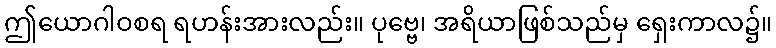
ဤယောဂါဝစရ ရဟန်းအားလည်း။ ပုဗ္ဗေ၊ အရိယာဖြစ်သည်မှ ရှေးကာလ၌။